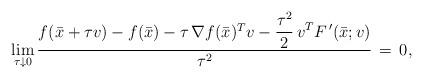
LaTeX: \begin{align*}\displaystyle{\lim_{\tau \downarrow 0}} \, \displaystyle{\frac{f(\bar{x} + \tau v) - f(\bar{x}) - \tau \, \nabla f(\bar{x})^Tv - \displaystyle{\frac{\tau^2}{2}} \, v^TF^{\, \prime}(\bar{x};v)}{\tau^2}} \, = \, 0,\end{align*}